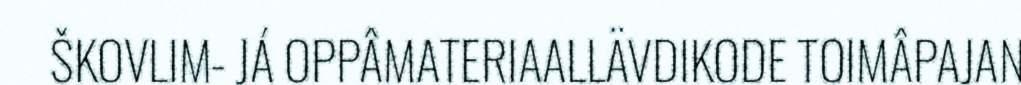
ŠKOVLIM- JÁ OPPÂMATERIAALLÄVDIKODE TOIMÂPAJAN